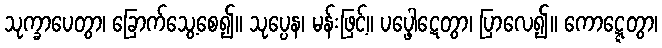
သုက္ခာပေတွာ၊ ခြောက်သွေ့စေ၍။ သုပ္ပေန၊ မန်းဖြင့်။ ပပ္ဖေါဋေတွာ၊ ပြာလေ၍။ ကောဋ္ဋေတွာ၊